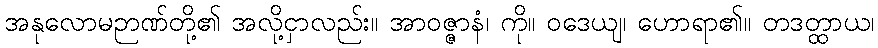
အနုလောမဉာဏ်တို့၏ အလို့ငှာလည်း။ အာဝဇ္ဇာနံ၊ ကို။ ဝဒေယျ၊ ဟောရာ၏။ တဒတ္ထာယ၊